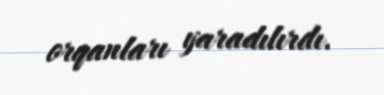
orqanları yaradılırdı.